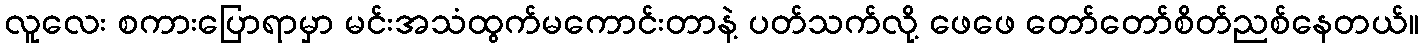
လူလေး စကားပြောရာမှာ မင်းအသံထွက်မကောင်းတာနဲ့ ပတ်သက်လို့ ဖေဖေ တော်တော်စိတ်ညစ်နေတယ်။